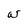
Character: w